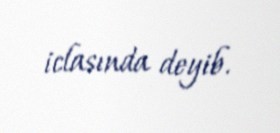
iclasında deyib.